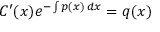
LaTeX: C ^ { \prime } ( x ) e ^ { - \int p ( x ) \, d x } = q ( x )